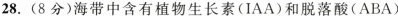
28. (8分)海带中含有植物生长素(IAA)和脱落酸(ABA)